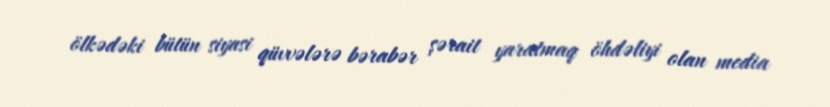
ölkədəki bütün siyasi qüvvələrə bərabər şərait yaratmaq öhdəliyi olan media